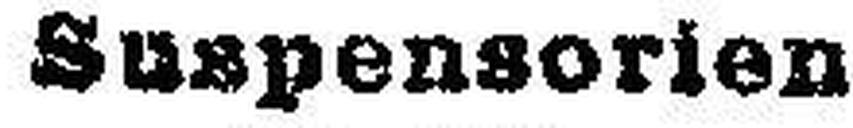
Suspensorien